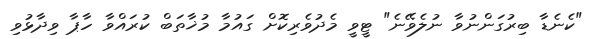
"ކެނެޑާ ބިރުގަންނުވާ ނުލެވޭނެ" ޓީވީ މެދުވެރިކޮށް ގައުމާ މުޚާތަބް ކުރައްވާ ހާޕާ ވިދާޅުވި